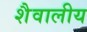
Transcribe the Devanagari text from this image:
शैवालीय